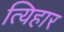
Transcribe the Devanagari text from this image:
त्यिहार